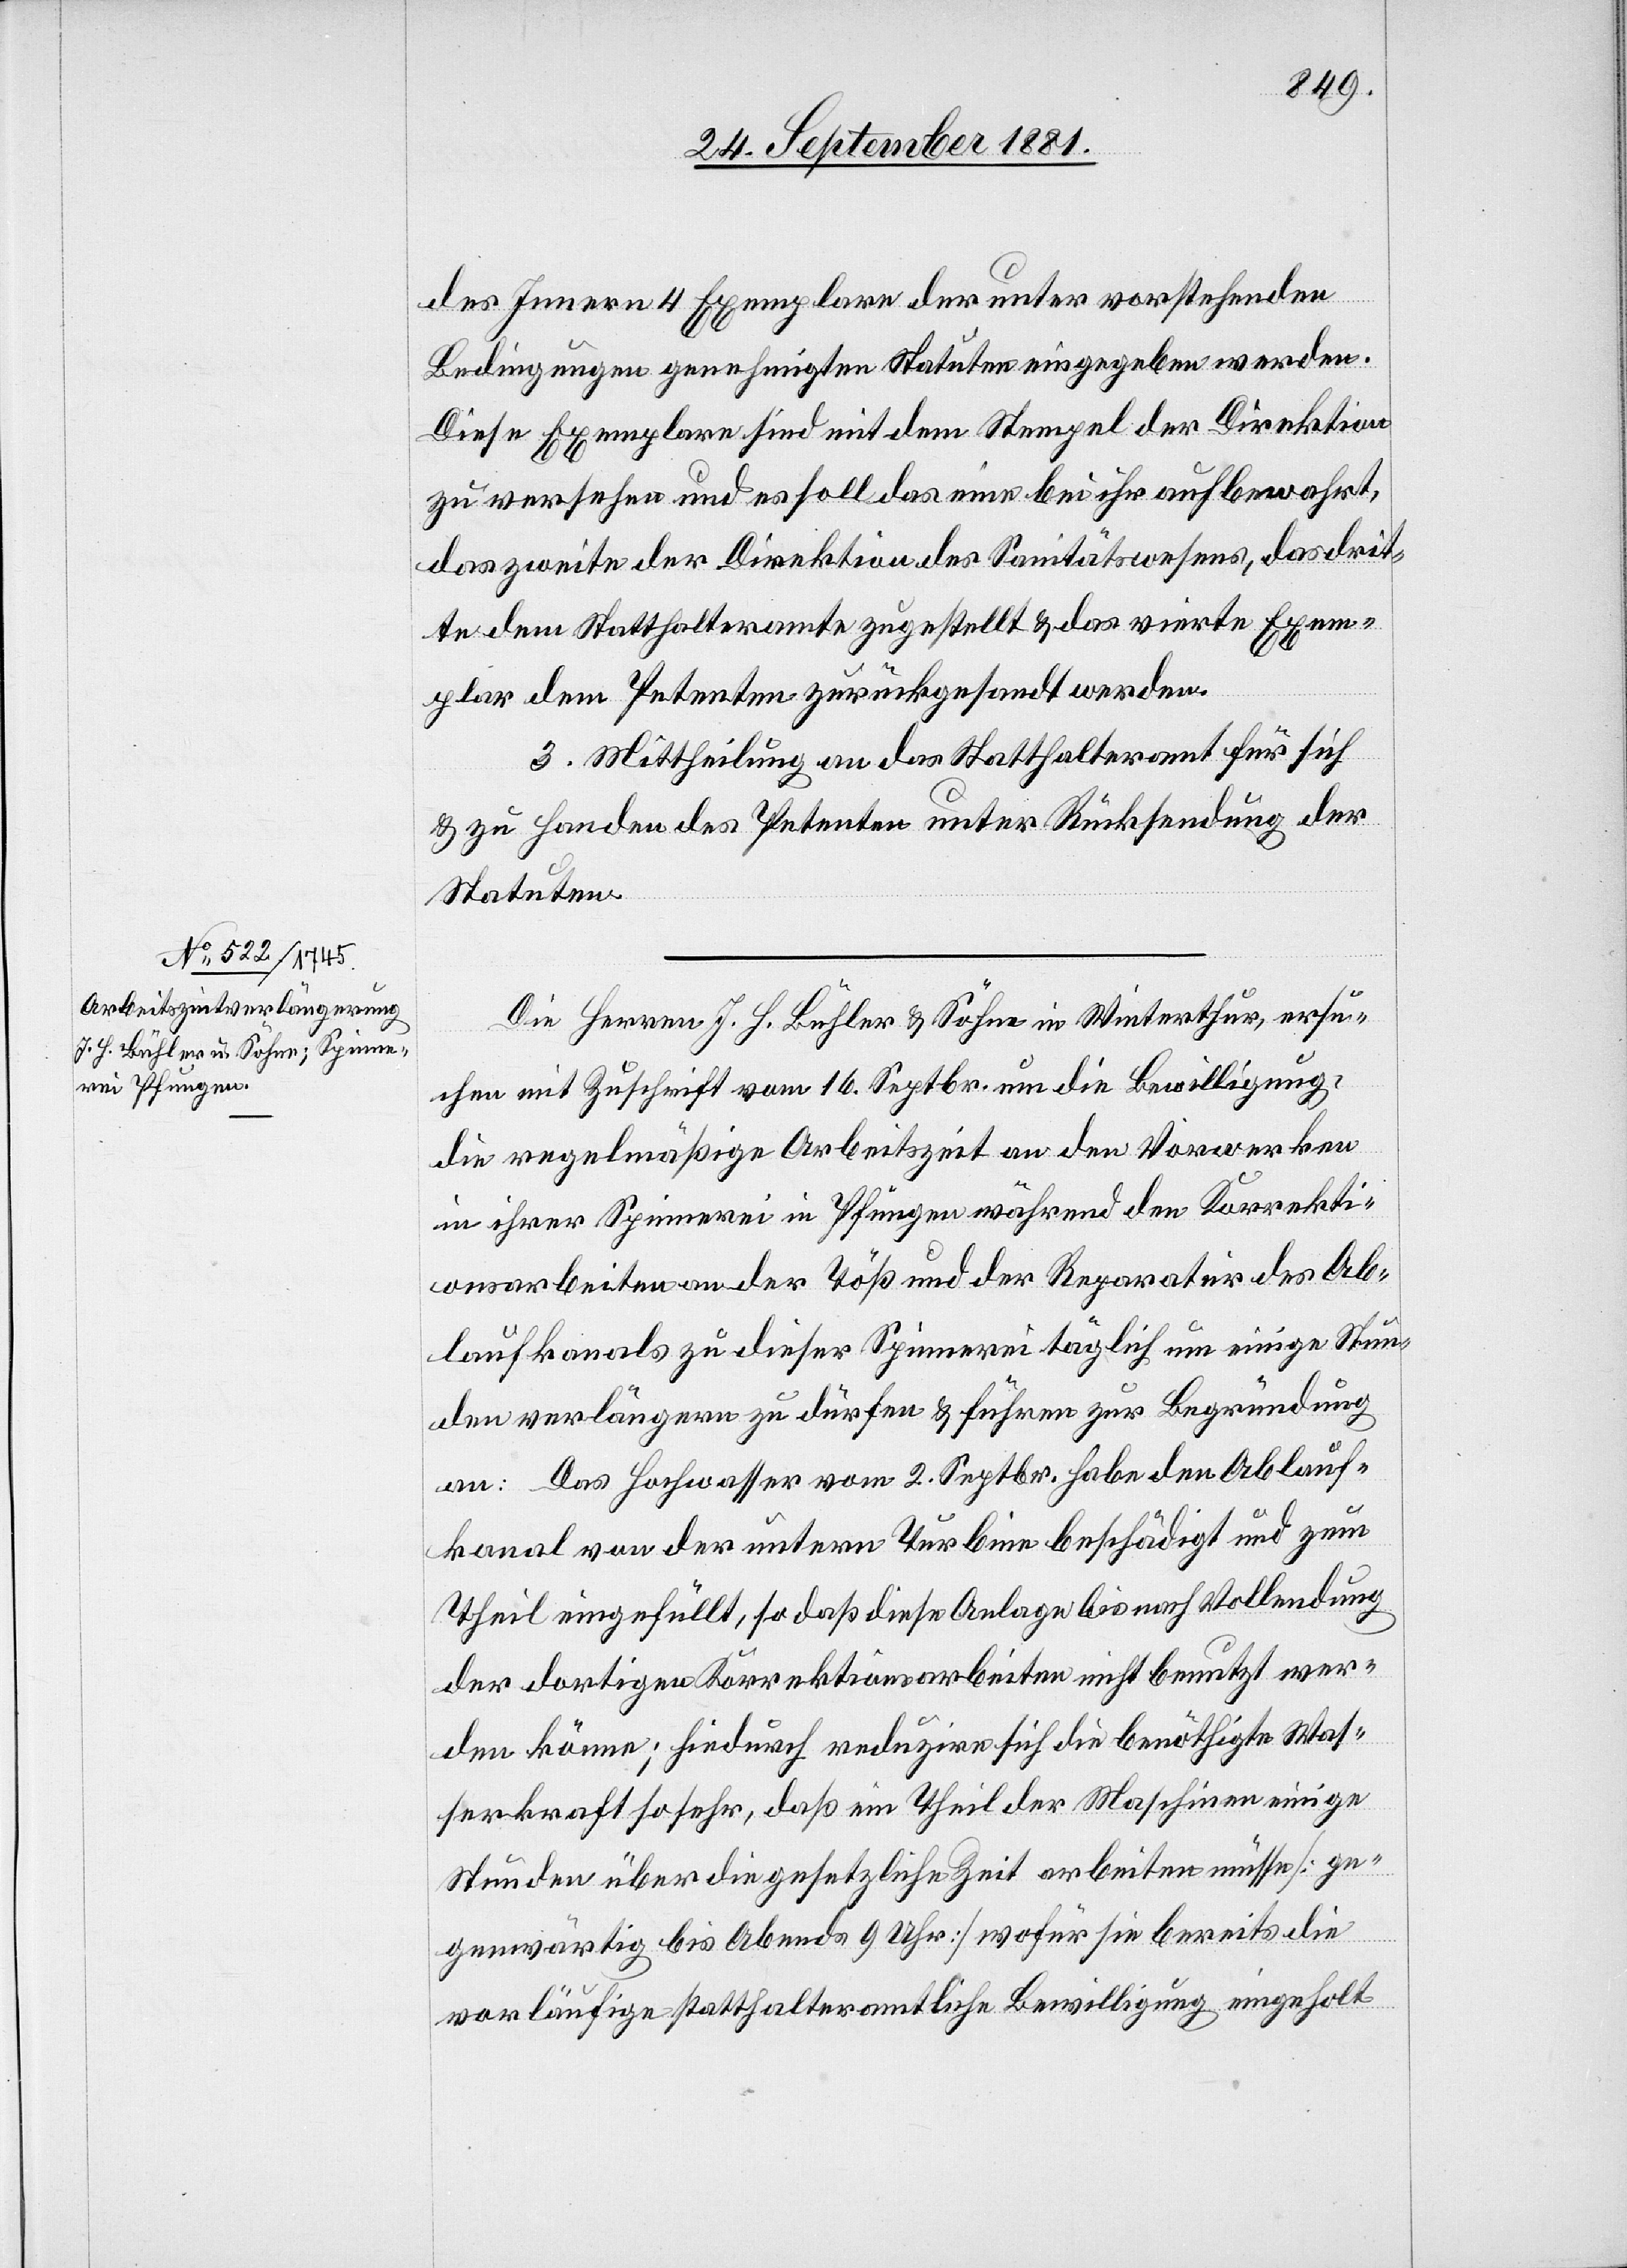
des Innern 4 Exemplare der unter vorstehenden
Bedingungen genehmigten Statuten eingegeben werden.
Diese Exemplare sind mit dem Stempel der Direktion
zu versehen und es soll das eine bei ihr aufbewahrt,
das zweite der Direktion des Sanitätswesens, das drit¬
te dem Statthalteramte zugestellt & das vierte Exem¬
plar dem Petenten zurückgesandt werden.
3. Mittheilung an das Statthalteramt für sich
& zu Handen des Petenten unter Rücksendung der
Statuten.
Die Herren J. H. Bühler & Söhne in Winterthur, ersu¬
chen mit Zuschrift vom 16. Septbr. um die Bewilligung,
die regelmäßige Arbeitszeit an den Vorwerken
in ihrer Spinnerei in Pfungen während den Korrekti¬
onsarbeiten an der Töß und der Reparatur des Ab¬
laufkanals zu dieser Spinnerei täglich um einige Stun¬
den verlängern zu dürfen & führen zur Begründung
an: Das Hochwasser vom 2. Septbr. habe den Ablauf¬
kanal von der untern Turbine beschädigt und zum
Theil eingefüllt, so daß diese Anlage bis nach Vollendung
der dortigen Korrektionsarbeiten nicht benutzt wer¬
den könne; hiedurch reduzire sich die benöthigte Was¬
serkraft so sehr, daß ein Theil der Maschinen einige
Stunden über die gesetzliche Zeit arbeiten müsse [ge¬
genwärtig bis Abends 9 Uhr] wofür sie bereits die
vorläufige statthalteramtliche Bewilligung eingeholt